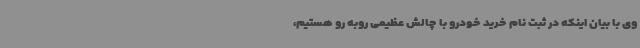
وی با بیان اینکه در ثبت نام خرید خودرو با چالش عظیمی روبه رو هستیم،